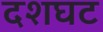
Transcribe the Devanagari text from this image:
दशघट